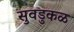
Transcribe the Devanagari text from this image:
सुवडुकळ